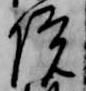
院